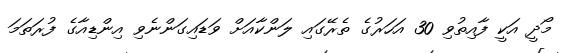
މޯދީ އަކީ ފާއިތުވި 30 އަހަރުގެ ތެރޭގައި ލަންކާއަށް ވަޑައިގަންނެވި އިންޑިއާގެ ފުރަތަމަ